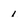
Character: 1